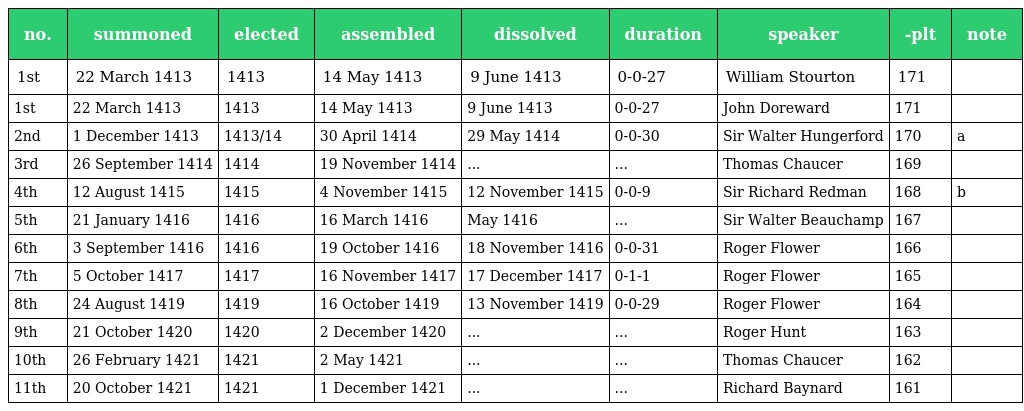
| no. | summoned | elected | assembled | dissolved | duration | speaker | -plt | note |
 | --- | --- | --- | --- | --- | --- | --- | --- | --- |
 | 1st | 22 March 1413 | 1413 | 14 May 1413 | 9 June 1413 | 0-0-27 | William Stourton | 171 |  |
 | 1st | 22 March 1413 | 1413 | 14 May 1413 | 9 June 1413 | 0-0-27 | John Doreward | 171 |  |
 | 2nd | 1 December 1413 | 1413/14 | 30 April 1414 | 29 May 1414 | 0-0-30 | Sir Walter Hungerford | 170 | a |
 | 3rd | 26 September 1414 | 1414 | 19 November 1414 | ... | ... | Thomas Chaucer | 169 |  |
 | 4th | 12 August 1415 | 1415 | 4 November 1415 | 12 November 1415 | 0-0-9 | Sir Richard Redman | 168 | b |
 | 5th | 21 January 1416 | 1416 | 16 March 1416 | May 1416 | ... | Sir Walter Beauchamp | 167 |  |
 | 6th | 3 September 1416 | 1416 | 19 October 1416 | 18 November 1416 | 0-0-31 | Roger Flower | 166 |  |
 | 7th | 5 October 1417 | 1417 | 16 November 1417 | 17 December 1417 | 0-1-1 | Roger Flower | 165 |  |
 | 8th | 24 August 1419 | 1419 | 16 October 1419 | 13 November 1419 | 0-0-29 | Roger Flower | 164 |  |
 | 9th | 21 October 1420 | 1420 | 2 December 1420 | ... | ... | Roger Hunt | 163 |  |
 | 10th | 26 February 1421 | 1421 | 2 May 1421 | ... | ... | Thomas Chaucer | 162 |  |
 | 11th | 20 October 1421 | 1421 | 1 December 1421 | ... | ... | Richard Baynard | 161 |  |